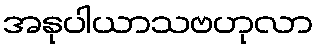
အနုပါယာသဗဟုလာ